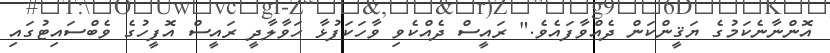
އޮންނާނެކަމުގެ ޔަޤީންކަން ދެއްވާފައެވެ." ރައީސް ދެއްކެވި ވާހަކަފުޅާ ހަވާލާދީ ރައީސް އޮފީހުގެ ވެބްސައިޓުގައި